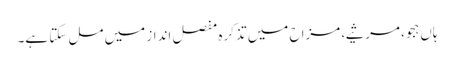
ہاں ہجو، مرثیے، مزاح میں تذکرہ مفصل انداز میں مل سکتا ہے۔